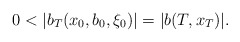
\begin{align*} 0 < |b_T(x_0, b_0, \xi_0) | = |b(T, x_T)|.\end{align*}